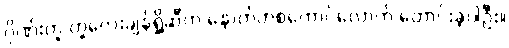
ဂိုဏ်းတူ တူလေးချန်ရှို့ဆီက နောက်တစ်ကောင်လောက် တောင်းခဲ့ပါဦး။